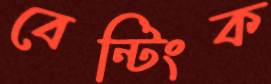
বেন্টিংক